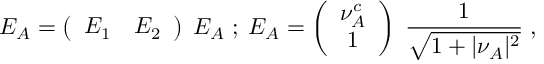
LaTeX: E _ { A } = \left( \begin{array} { c c } { { E _ { 1 } } } & { { E _ { 2 } } } \end{array} \right) \; { \cal E } _ { A } \; ; \; { \cal E } _ { A } = \left( \begin{array} { c } { { \nu _ { A } ^ { c } } } \\ { { 1 } } \end{array} \right) \; { \frac { 1 } { \sqrt { 1 + \vert \nu _ { A } \vert ^ { 2 } } } } \; ,